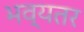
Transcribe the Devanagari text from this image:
भव्यतर